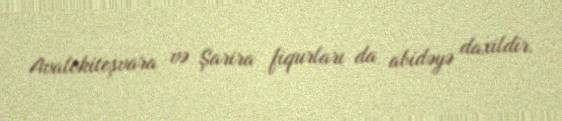
Avalokiteşvara və Şarira fiqurları da abidəyə daxildir.